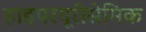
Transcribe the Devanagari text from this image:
हाइपरयूरीसेमिक